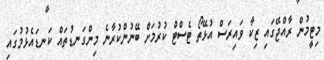
މިޓީމުން ރާއްޖޭގައި ޒިކާ ވައިރަސް އުޅޭތޯ ޓެސްޓް ކުރުމަށް ބޭނުންކުރާނެ މިންގަނޑުތައް ކަނޑައެޅުމުގައި